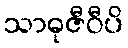
သာဓုဇီဝီပိ